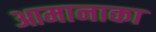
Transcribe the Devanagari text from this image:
आमानाका